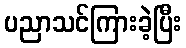
ပညာသင်ကြားခဲ့ပြီး